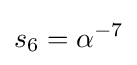
s_{6}=\alpha ^{-7}